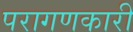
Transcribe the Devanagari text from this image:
परागणकारी